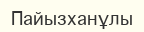
Пайызханұлы